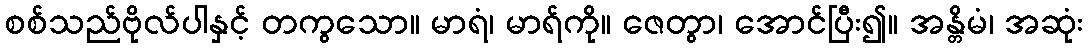
စစ်သည်ဗိုလ်ပါနှင့် တကွသော။ မာရံ၊ မာရ်ကို။ ဇေတွာ၊ အောင်ပြီး၍။ အန္တိမံ၊ အဆုံး